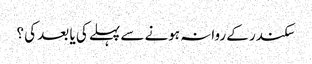
سکندر کے روانہ ہونے سے پہلے کی یا بعد کی ؟